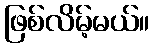
ဖြစ်လိမ့်မယ်။